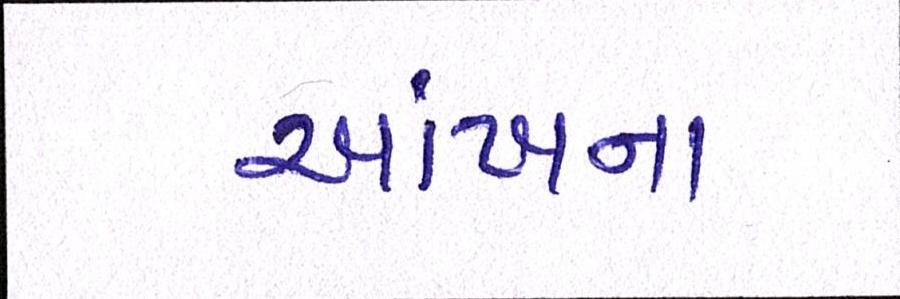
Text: આંખના